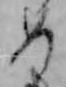
め